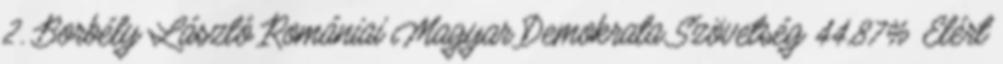
2. Borbély László Romániai Magyar Demokrata Szövetség 44,87% Elért